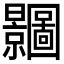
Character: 𭨗